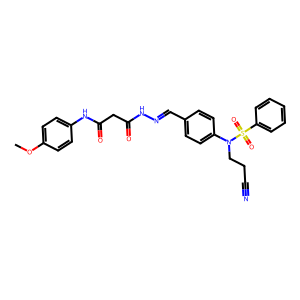
SMILES: COc1ccc(NC(=O)CC(=O)NN=Cc2ccc(N(CCC#N)S(=O)(=O)c3ccccc3)cc2)cc1
Inhibits HIV replication: No